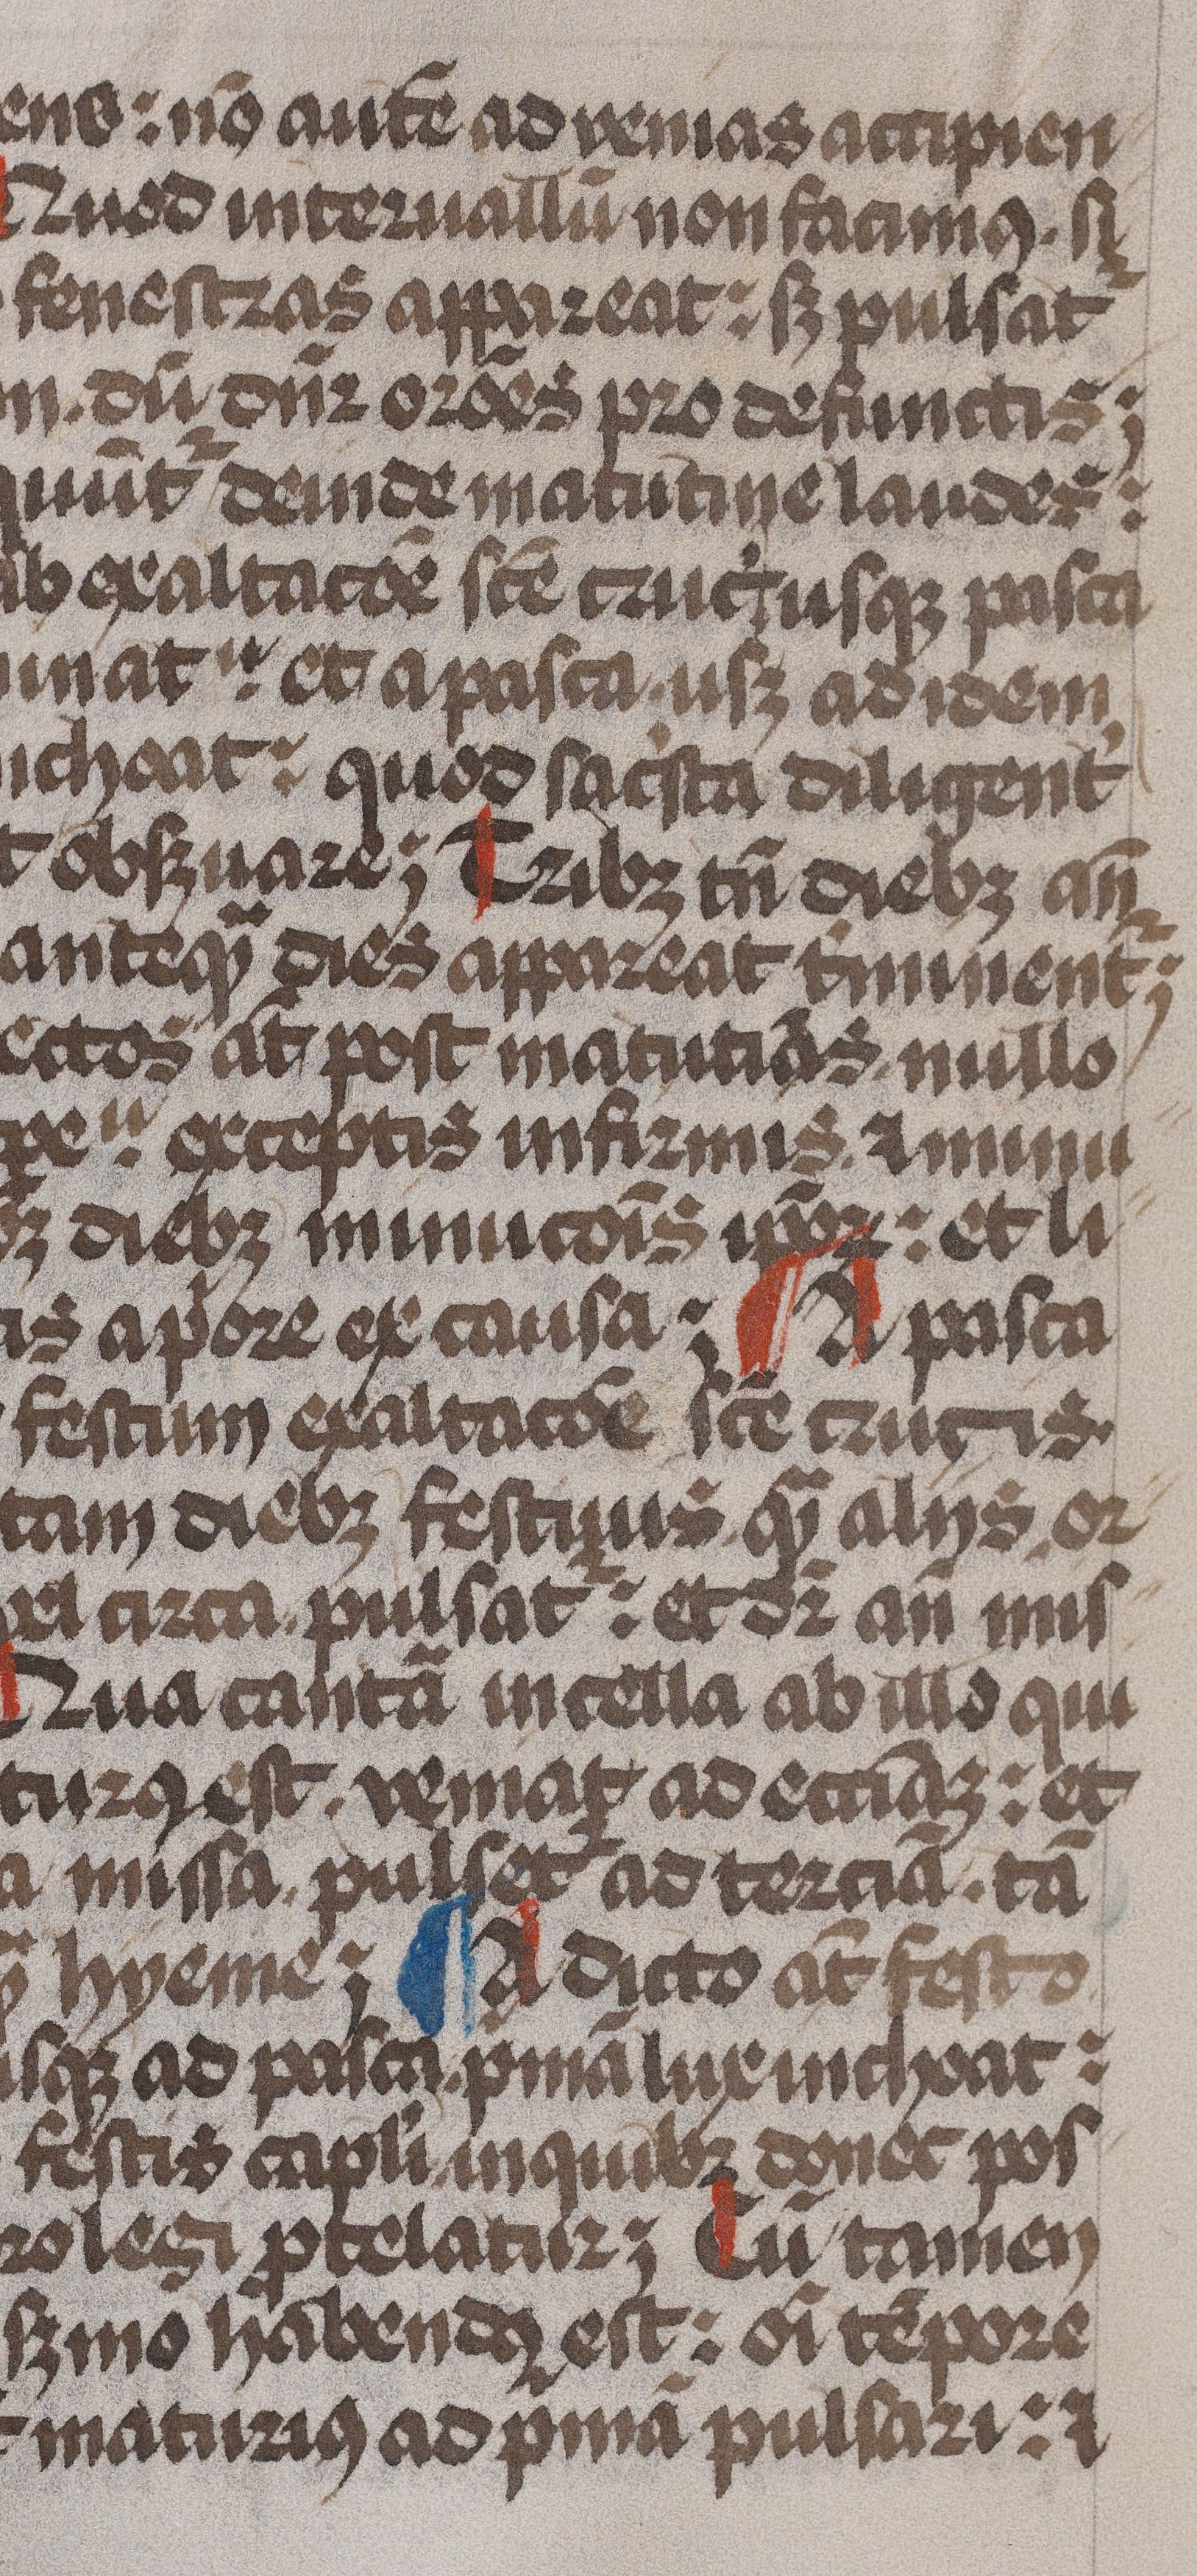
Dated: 1479–1479